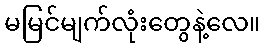
မမြင်မျက်လုံးတွေနဲ့လေ။